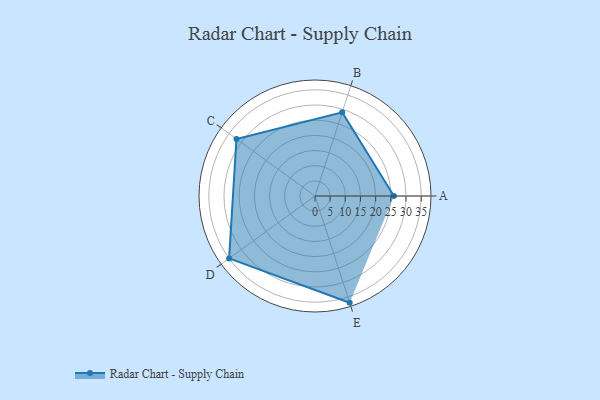
{"axis": {"x": "Skill", "y": "Score"}, "legend": ["Profile"], "data": [{"x": "A", "y": 26.0, "type": "Profile"}, {"x": "B", "y": 29.0, "type": "Profile"}, {"x": "C", "y": 32.0, "type": "Profile"}, {"x": "D", "y": 35.0, "type": "Profile"}, {"x": "E", "y": 37.0, "type": "Profile"}]}